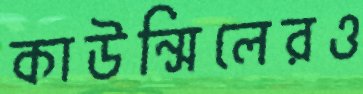
কাউন্সিলেরও